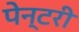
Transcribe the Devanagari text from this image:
पेन्टरी